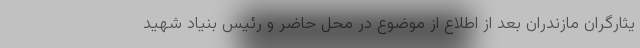
یثارگران مازندران بعد از اطلاع از موضوع در محل حاضر و رئیس بنیاد شهید